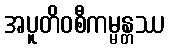
အပူတိဝစီကမ္မန္တဿ